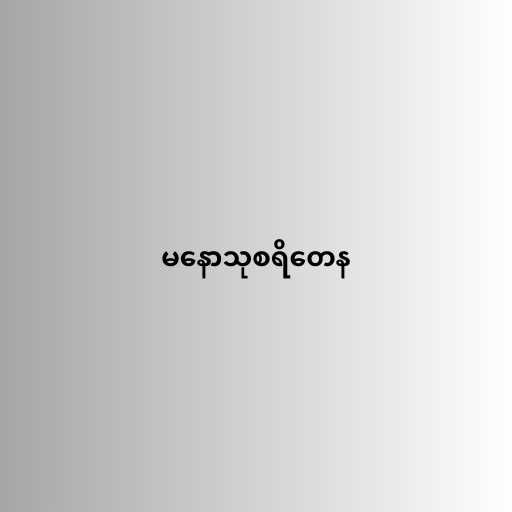
မနောသုစရိတေန